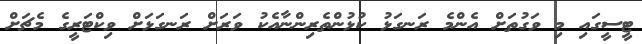
ޓީސީގައި މި ވަގުތަށް އެންމެ ރަނގަޅު ކުޅުންތެރިންނާއެކު ވަރަށް ރަނގަޅަށް ވިކްޓަރީގެ މެޗަށް